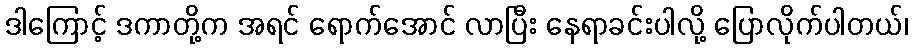
ဒါကြောင့် ဒကာတို့က အရင် ရောက်အောင် လာပြီး နေရာခင်းပါလို့ ပြောလိုက်ပါတယ်၊